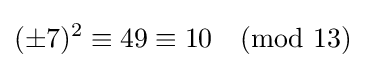
(\pm 7)^{2}\equiv 49\equiv 10{\pmod {13}}